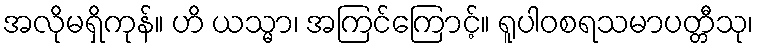
အလိုမရှိကုန်။ ဟိ ယသ္မာ၊ အကြင်ကြောင့်။ ရူပါဝစရသမာပတ္တီသု၊